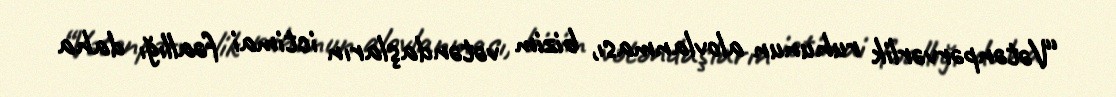
“Vətənpərvərlik ruhunun alovlanması, bizim vətəndaşların ictimai fəallığı daha